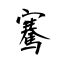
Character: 騫